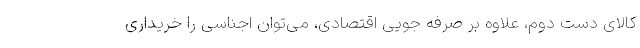
کالای دست دوم، علاوه بر صرفه جویی اقتصادی، می‌توان اجناسی را خریداری